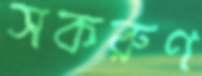
সকরুণ